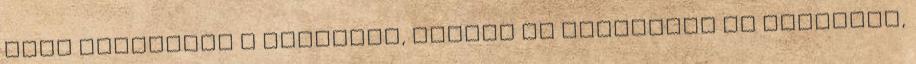
hogy vigyázott a kicsikre, közben az iskolában is tanított,